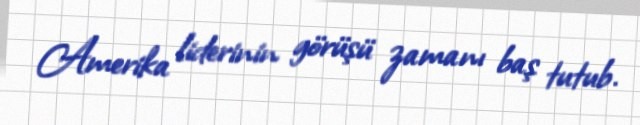
Amerika liderinin görüşü zamanı baş tutub.